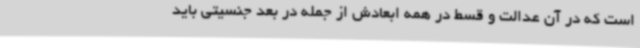
است که در آن عدالت و قسط در همه ابعادش از جمله در بعد جنسیتی باید